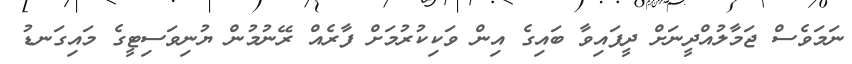
ނަމަވެސް ޖަމާލުއްދީނަށް ދީފައިވާ ބައިގެ އިން ވަކިކުރުމަށް ފާރެއް ރޭނުމުން ޔުނިވަސިޓީގެ މައިގަނޑު